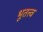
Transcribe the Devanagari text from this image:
भूतत्त्व